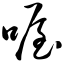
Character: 喔